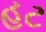
હટ